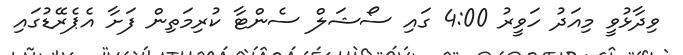
ވިދާޅުވީ މިއަދު ހަވީރު 4:00 ގައި ސޯޝަލް ސެންޓާ ކުރިމަތިން ފަށާ އެޕެރޭޑުގައި